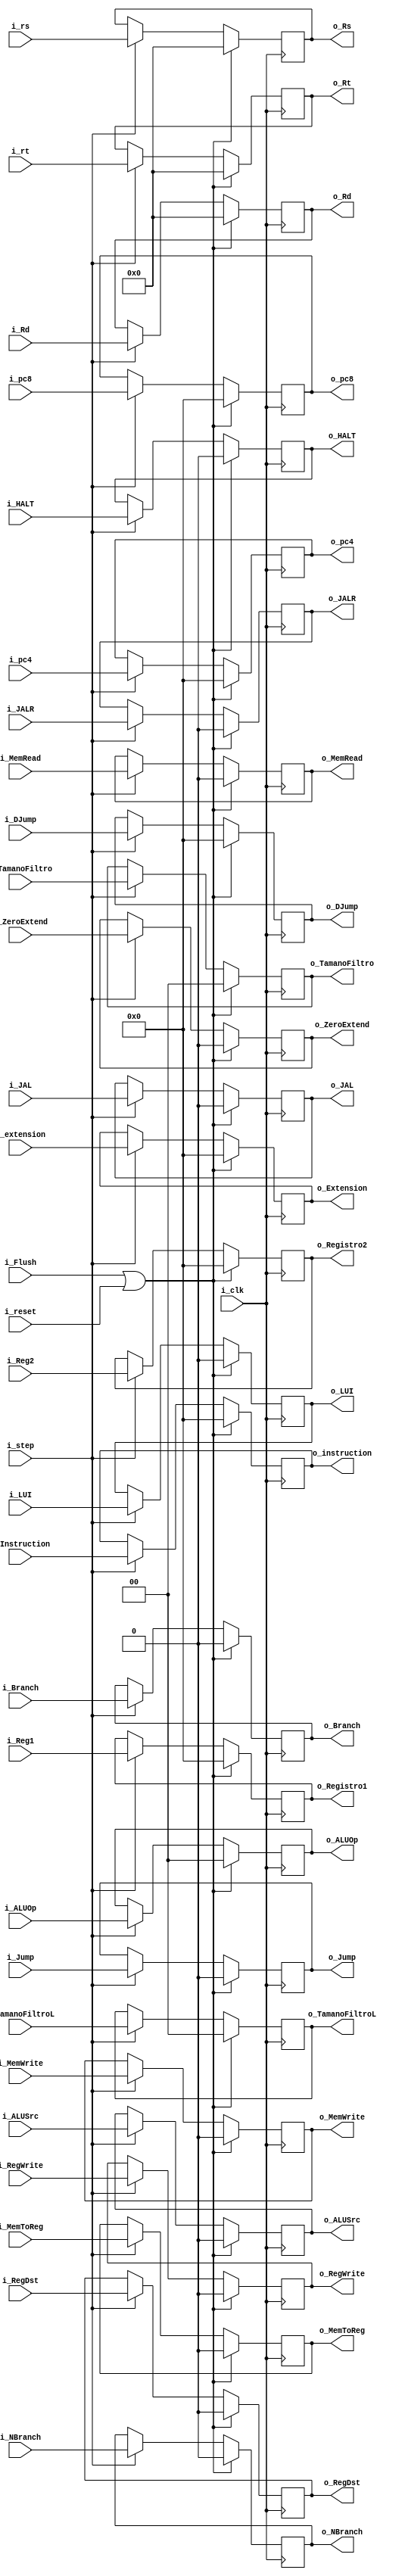
`timescale 1ns / 1ps

module ID_EX
    #(
        parameter NBITS     =   32  ,
        parameter RNBITS    =   5
    )
    (
        //GeneralInputs
        input   wire                        i_clk,
        input   wire                        i_reset,
        input   wire                        i_Flush,
        input   wire    [NBITS-1:0]         i_pc8,
        input   wire                        i_step,
        input   wire    [NBITS-1:0]         i_pc4,
        input   wire    [NBITS-1:0]         i_Instruction,
        input   wire    [NBITS-1:0]         i_Reg1, // dato leido 1
        input   wire    [NBITS-1:0]         i_Reg2, // dato leido 2
        input   wire    [NBITS-1:0]         i_extension,
        input   wire    [RNBITS-1:0]        i_rt,
        input   wire    [RNBITS-1:0]        i_Rd,
        input   wire    [RNBITS-1:0]        i_rs,
        input   wire    [NBITS-1:0]         i_DJump,
        ///ControlEX
        input   wire                        i_ALUSrc,
        input   wire    [1:0]               i_ALUOp,
        input   wire                        i_RegDst,
        input   wire                        i_Jump,
        input   wire                        i_JAL,
        ///ControlM
        input   wire                        i_Branch,
        input   wire                        i_NBranch,
        input   wire                        i_MemWrite,
        input   wire                        i_MemRead ,
        input   wire    [1:0]               i_TamanoFiltro,
        ///ControlWB
        input   wire                        i_MemToReg,
        input   wire                        i_RegWrite,
        input   wire    [1:0]               i_TamanoFiltroL,
        input   wire                        i_ZeroExtend,
        input   wire                        i_LUI,
        input   wire                        i_JALR,
        input   wire                        i_HALT,

        output  wire    [NBITS-1:0]      o_pc4,
        output  wire    [NBITS-1:0]      o_pc8,
        output  wire    [NBITS-1:0]      o_instruction,
        output  wire    [NBITS-1:0]      o_Registro1,
        output  wire    [NBITS-1:0]      o_Registro2,
        output  wire    [NBITS-1:0]      o_Extension,
        output  wire    [RNBITS-1:0]     o_Rs,
        output  wire    [RNBITS-1:0]     o_Rt,
        output  wire    [RNBITS-1:0]     o_Rd,
        output  wire    [NBITS-1:0]      o_DJump,
        ///ControlEX
        output  wire                      o_Jump,
        output  wire                      o_JAL,
        output  wire                      o_ALUSrc,
        output  wire    [1:0]             o_ALUOp,
        output  wire                      o_RegDst,
        ///ControlM
        output  wire                        o_Branch,
        output  wire                        o_NBranch,
        output  wire                        o_MemWrite,
        output  wire                        o_MemRead ,
        output  wire    [1:0]               o_TamanoFiltro,
        ///ControlWB
        output  wire                        o_MemToReg,
        output  wire                        o_RegWrite,
        output  wire   [1:0]                o_TamanoFiltroL ,
        output  wire                        o_ZeroExtend,
        output  wire                        o_LUI ,
        output  wire                        o_JALR,
        output  wire                        o_HALT
    );

    reg     [NBITS-1:0] PC4_reg;
    reg     [NBITS-1:0] PC8_reg;
    reg     [NBITS-1:0] Instruction_reg;
    reg     [NBITS-1:0] Registro1_reg;
    reg     [NBITS-1:0] Registro2_reg;
    reg     [NBITS-1:0] Extension_reg;
    reg     [RNBITS-1:0] Rs_reg;
    reg     [RNBITS-1:0] Rt_reg;
    reg     [RNBITS-1:0] Rd_reg;
    reg     [NBITS-1:0] DJump_reg;

    //RegEX
    reg                     Jump_reg;
    reg                     JAL_reg ;
    reg                     ALUSrc_reg;
    reg     [1          :0] ALUOp_reg;
    reg                     RegDst_reg;

    //RegM
    reg                     Branch_reg;
    reg                     NBranch_reg;
    reg                     MemWrite_reg ;
    reg                     MemRead_reg;
    reg     [1          :0] TamanoFiltro_reg;

    //RegWB
    reg                     MemToReg_reg;
    reg                     RegWrite_reg;
    reg     [1          :0] TamanoFiltroL_reg;
    reg                     ZeroExtend_reg;
    reg                     LUI_reg;
    reg                     JALR_reg;
    reg                     HALT_reg;


    always @(posedge i_clk)
        if(i_Flush | i_reset)
        begin
            PC4_reg             <=  {NBITS{1'b0}};
            PC8_reg             <=  {NBITS{1'b0}};
            Instruction_reg     <=  {NBITS{1'b0}};
            Registro1_reg       <=  {NBITS{1'b0}} ;
            Registro2_reg       <=  {NBITS{1'b0}};
            Extension_reg       <=  {NBITS{1'b0}};
            Rs_reg              <=  {RNBITS{1'b0}} ;
            Rt_reg              <=  {RNBITS{1'b0}} ;
            Rd_reg              <=  {RNBITS{1'b0}};
            DJump_reg           <=  {NBITS{1'b0}} ;

            //EX
            Jump_reg            <=  1'b0;
            JALR_reg            <=  1'b0;
            JAL_reg             <=  1'b0;
            ALUSrc_reg          <=  1'b0 ;
            ALUOp_reg           <=  2'b00 ;
            RegDst_reg          <=  1'b0 ;

            //M
            Branch_reg          <=  1'b0;
            NBranch_reg         <=  1'b0;
            MemWrite_reg        <=  1'b0;
            MemRead_reg         <=  1'b0;
            TamanoFiltro_reg    <=  2'b00 ;

            //WB
            MemToReg_reg        <=  1'b0 ;
            RegWrite_reg        <=  1'b0 ;
            TamanoFiltroL_reg   <=  2'b00;
            ZeroExtend_reg      <=  1'b0 ;
            LUI_reg             <=  1'b0 ;
            HALT_reg            <=  1'b0 ;
        end
        else if (i_step)
        begin
            PC4_reg             <=  i_pc4;
            PC8_reg             <=  i_pc8 ;
            Instruction_reg     <=  i_Instruction  ;
            Registro1_reg       <=  i_Reg1;
            Registro2_reg       <=  i_Reg2;
            Extension_reg       <=  i_extension;
            Rs_reg              <=  i_rs ;
            Rt_reg              <=  i_rt;
            Rd_reg              <=  i_Rd ;
            DJump_reg           <=  i_DJump  ;

            //EX
            Jump_reg            <=  i_Jump;
            JALR_reg            <=  i_JALR ;
            JAL_reg             <=  i_JAL;
            ALUSrc_reg          <=  i_ALUSrc  ;
            ALUOp_reg           <=  i_ALUOp   ;
            RegDst_reg          <=  i_RegDst  ;

            //M
            Branch_reg          <=  i_Branch ;
            NBranch_reg         <=  i_NBranch ;
            MemWrite_reg        <=  i_MemWrite ;
            MemRead_reg         <=  i_MemRead;
            TamanoFiltro_reg    <=  i_TamanoFiltro ;

            //WB
            MemToReg_reg        <=  i_MemToReg ;
            RegWrite_reg        <=  i_RegWrite  ;
            TamanoFiltroL_reg   <=  i_TamanoFiltroL ;
            ZeroExtend_reg      <=  i_ZeroExtend ;
            LUI_reg             <=  i_LUI  ;
            HALT_reg            <=  i_HALT  ;
        end
    assign o_pc4            =   PC4_reg;
    assign o_pc8            =   PC8_reg;
    assign o_instruction    =   Instruction_reg;
    assign o_Registro1      =   Registro1_reg;
    assign o_Registro2      =   Registro2_reg;
    assign o_Extension      =   Extension_reg;
    assign o_Rs             =   Rs_reg;
    assign o_Rt             =   Rt_reg;
    assign o_Rd             =   Rd_reg;
    assign o_DJump          =   DJump_reg;

    //AssignEX
    assign o_Jump           =   Jump_reg;
    assign o_JALR           =   JALR_reg;
    assign o_JAL            =   JAL_reg;
    assign o_ALUSrc         =   ALUSrc_reg;
    assign o_ALUOp          =   ALUOp_reg;
    assign o_RegDst         =   RegDst_reg ;

    //AssignM
    assign o_Branch         =   Branch_reg;
    assign o_NBranch        =   NBranch_reg;
    assign o_MemWrite       =   MemWrite_reg;
    assign o_MemRead        =   MemRead_reg;
    assign o_TamanoFiltro   =   TamanoFiltro_reg;

    //AssignWB
    assign o_MemToReg       =   MemToReg_reg;
    assign o_RegWrite       =   RegWrite_reg ;
    assign o_TamanoFiltroL  =   TamanoFiltroL_reg ;
    assign o_ZeroExtend     =   ZeroExtend_reg ;
    assign o_LUI            =   LUI_reg;
    assign o_HALT           =   HALT_reg;
endmodule